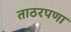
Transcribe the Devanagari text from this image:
ताठरपणा